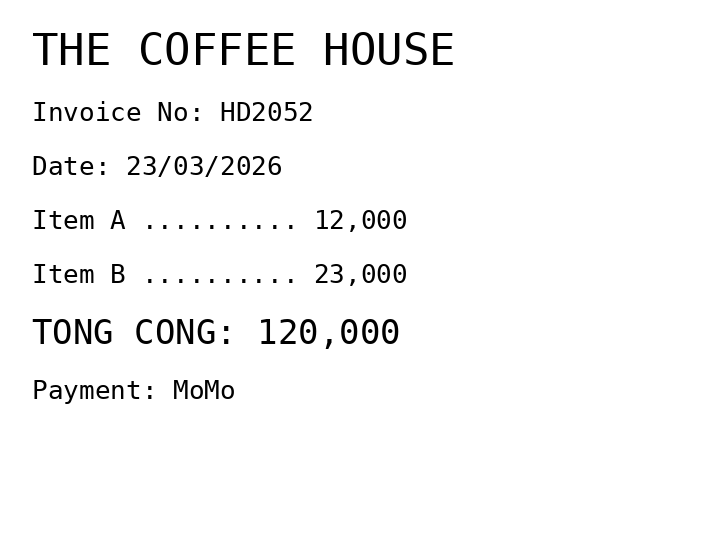
THE COFFEE HOUSE
Invoice No: HD2052
Date: 23/03/2026
Item A .......... 12,000
Item B .......... 23,000
TONG CONG: 120,000
Payment: MoMo
Merchant: the coffee house
Date: 2026-03-23
Total: 120000
Invoice No: HD2052
Payment method: MOMO